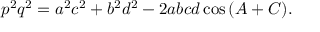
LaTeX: p ^ { 2 } q ^ { 2 } = a ^ { 2 } c ^ { 2 } + b ^ { 2 } d ^ { 2 } - 2 a b c d \cos { ( A + C ) } .